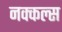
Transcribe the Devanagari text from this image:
नक्कल्स